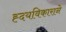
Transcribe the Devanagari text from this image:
ह्दयविकाराने